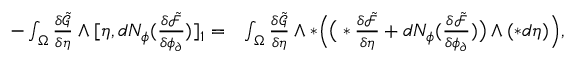
\begin{array} { r l } { - \int _ { \Omega } \frac { \delta \tilde { \mathcal { G } } } { \delta \eta } \wedge [ \eta , d N _ { \phi } ( \frac { \delta \tilde { \mathcal { F } } } { \delta \phi _ { \partial } } ) ] _ { 1 } = } & { \int _ { \Omega } \frac { \delta \tilde { \mathcal { G } } } { \delta \eta } \wedge \ast \Big ( \big ( \ast \frac { \delta \tilde { \mathcal { F } } } { \delta \eta } + d N _ { \phi } ( \frac { \delta \tilde { \mathcal { F } } } { \delta \phi _ { \partial } } ) \big ) \wedge ( \ast d \eta ) \Big ) , } \end{array}